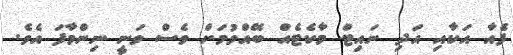
ފެއާ އަކާއި އަދި ނައިޓް މާކެޓެއް ބޭއްވުމަށް ވެސް ވަނީ ނިންމާފަ އެވެ.